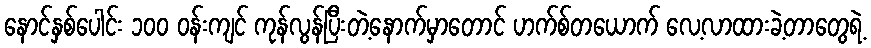
နောင်နှစ်ပေါင်း ၁၀၀ ဝန်းကျင် ကုန်လွန်ပြီးတဲ့နောက်မှာတောင် ဟက်စ်တယောက် လေ့လာထားခဲ့တာတွေရဲ့